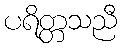
ပရိတ္တသညီ